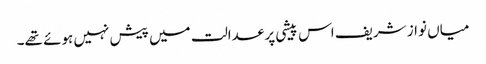
میاں نواز شریف اس پیشی پر عدالت میں پیش نہیں ہوئے تھے۔